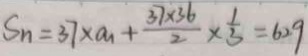
S _ { n } = 3 7 \times a _ { 1 } + \frac { 3 7 \times 3 6 } { 2 } \times \frac { 1 } { 3 } = 6 2 9